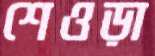
শেওড়া